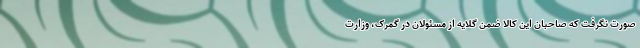
صورت نگرفت که صاحبان این کالا ضمن گلایه از مسئولان در گمرک، وزارت